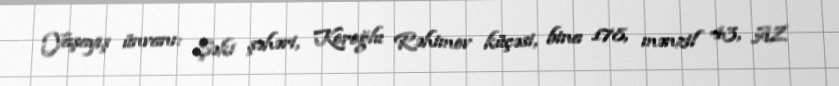
Yaşayış ünvanı: Şəki şəhəri, Koroğlu Rəhimov küçəsi, bina 178, mənzil 43, AZ